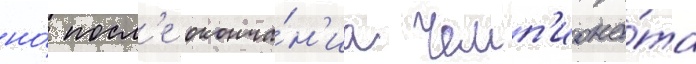
но́ посл'е оконча́н'иа чемп'иона́та